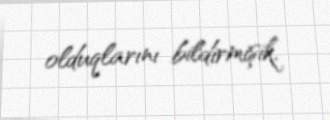
olduqlarını bildirmişik.